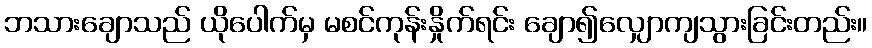
ဘသားချောသည် ယိုပေါက်မှ မစင်ကုန်းနှိုက်ရင်း ချော၍လျှောကျသွားခြင်းတည်း။